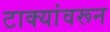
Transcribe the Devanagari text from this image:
टाक्यांवरून